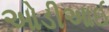
ઓડીઆઈ